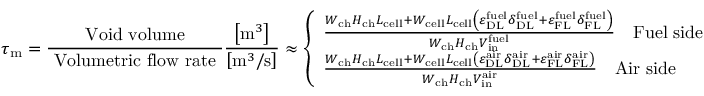
\tau _ { \mathrm { { m } } } = \frac { \mathrm { ~ V o i d ~ v o l u m e ~ } } { \mathrm { ~ V o l u m e t r i c ~ f l o w ~ r a t e ~ } } \frac { \left[ \mathrm { m } ^ { 3 } \right] } { \left[ \mathrm { m } ^ { 3 } / \mathrm { s } \right] } \approx \left\{ \begin{array} { l } { \frac { W _ { \mathrm { { c h } } } H _ { \mathrm { { c h } } } L _ { \mathrm { { c e l l } } } + W _ { \mathrm { c e l l } } L _ { \mathrm { { c e l l } } } \left( \varepsilon _ { \mathrm { D L } } ^ { \mathrm { { f u e l } } } \delta _ { \mathrm { D L } } ^ { \mathrm { { f u e l } } } + \varepsilon _ { \mathrm { F L } } ^ { \mathrm { { f u e l } } } \delta _ { \mathrm { F L } } ^ { \mathrm { { f u e l } } } \right) } { W _ { \mathrm { c h } } H _ { \mathrm { { c h } } } V _ { \mathrm { i n } } ^ { \mathrm { { f u e l } } } } \quad \mathrm { F u e l ~ s i d e } } \\ { \frac { W _ { \mathrm { c h } } H _ { \mathrm { { c h } } } L _ { \mathrm { c e l l } } + W _ { \mathrm { { c e l l } } } L _ { \mathrm { c e l l } } \left( \varepsilon _ { \mathrm { { D L } } } ^ { \mathrm { a i r } } \delta _ { \mathrm { { D L } } } ^ { \mathrm { a i r } } + \varepsilon _ { \mathrm { { F L } } } ^ { \mathrm { a i r } } \delta _ { \mathrm { { F L } } } ^ { \mathrm { a i r } } \right) } { W _ { \mathrm { { c h } } } H _ { \mathrm { c h } } V _ { \mathrm { { i n } } } ^ { \mathrm { a i r } } } \quad \mathrm { A i r ~ s i d e } } \end{array} \right.